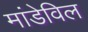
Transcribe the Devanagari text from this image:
मांडेविल